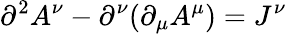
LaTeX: \partial^{2}A^{\nu}-\partial^{\nu}(\partial_{\mu}A^{\mu})=J^{\nu}